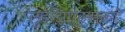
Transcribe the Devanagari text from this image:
लुईझिएड्सकडे